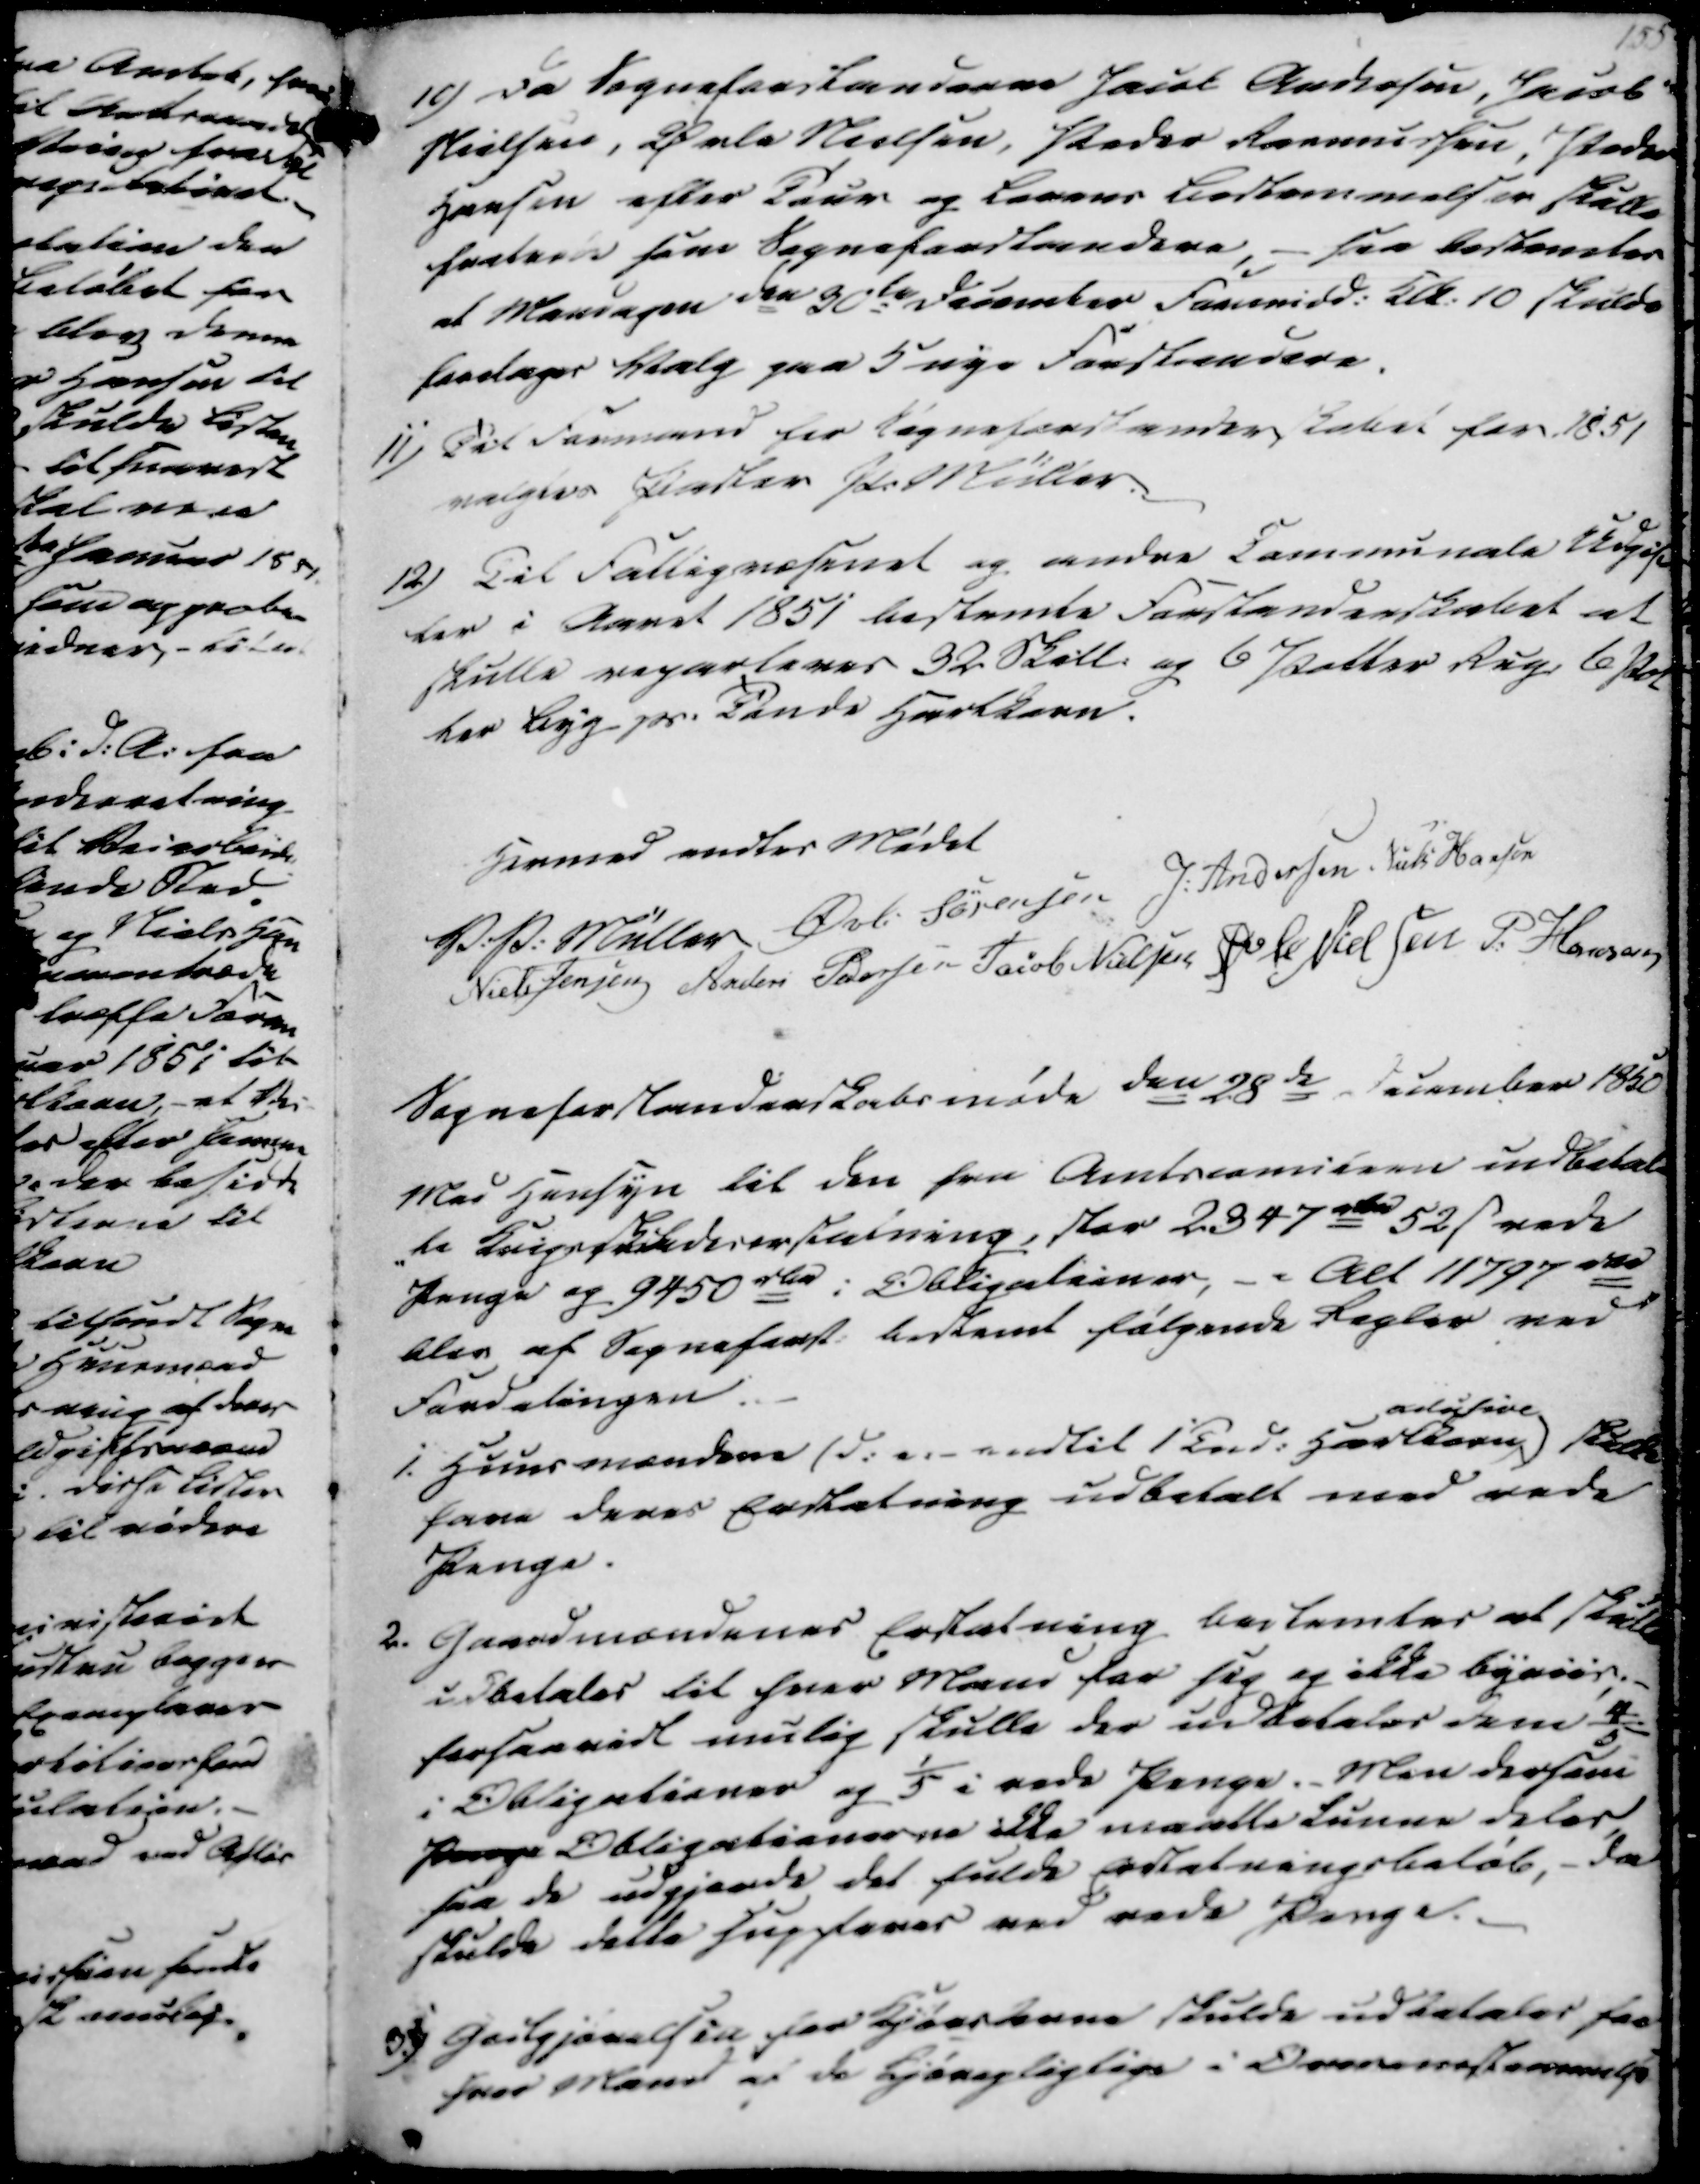
Transskription:
10) Da Sogneforstanderne Jacob Andersen, Jacob
Nielsen, Øvle Nielsen, Peder Rasmussen, Peder
Hansen efter Tour og Lovens Bestemmelser skulle
fratræde som Sogneforstandere, - saa bestemtes
at Mandagen den 30te December Formidd. Kl. 10 skulde
foretages Valg paa 5 nye Forstandere.
11) Til Formand for Sogneforstanderskabet for 1851
valgtes Pastor P. Müller.
12) Til Fattigvæsenet og andre Communale Udgif-
ter i Aaret 1851 bestemte Forstanderskabet at
skulle reparteres 32 Skill. og 6 Potter Rug, 6 Pot
ter Byg pr. Tønde Hartkorn.

Hermed endtes Mødet
V. P. Müller
Øvli Sørensen
J. Andersen
Niels Hansen
Niels Jensen
Anders Pedersen
Jacob Nielsen
Øvle Nielsen
P. Hansen

Sogneforstanderskabsmøde den 28de December 1850
Med Hensyn til den fra Amtscommiteen indbetal-
-te Krigsskadeserstatning, stor 2347 rbd 52 ẞ rede
Penge og 9450 rbd i Obligationer, - Alt 11797 rbd
blev af Sogneforst. bestemt følgende Regler ved
Fordelingen.
1. Huusmændene (d. a.- endtil 1 Tnd. Hartkorn
adysive
skulde
have deres Erstatning udbetalt med rede
Penge.
2. Gaardmændenes Erstatning bestemtes at skulle
udbetales til hver Mand for sig og ikke byviis;-
forsaavidt mulig skulle der udbetales dem 4/5
i Obligationer og ⅕ i rede Penge. Men dersom
Penge Obligationerne ikke maatte kunne deles
saa de udgjorde det fulde Erstatningsbeløb, - da
skulde dette suppleres med rede Penge.
3) Godtgjørelsen for Kjørslerne skulde udbetales for
hver Mand af de Kjørepligtige i Overensstemmelse